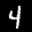
Label: 4